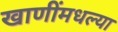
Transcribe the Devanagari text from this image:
खाणींमधल्या